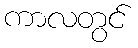
ကာလတွင်